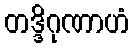
တဒ္ဒိဂုဏာဟံ